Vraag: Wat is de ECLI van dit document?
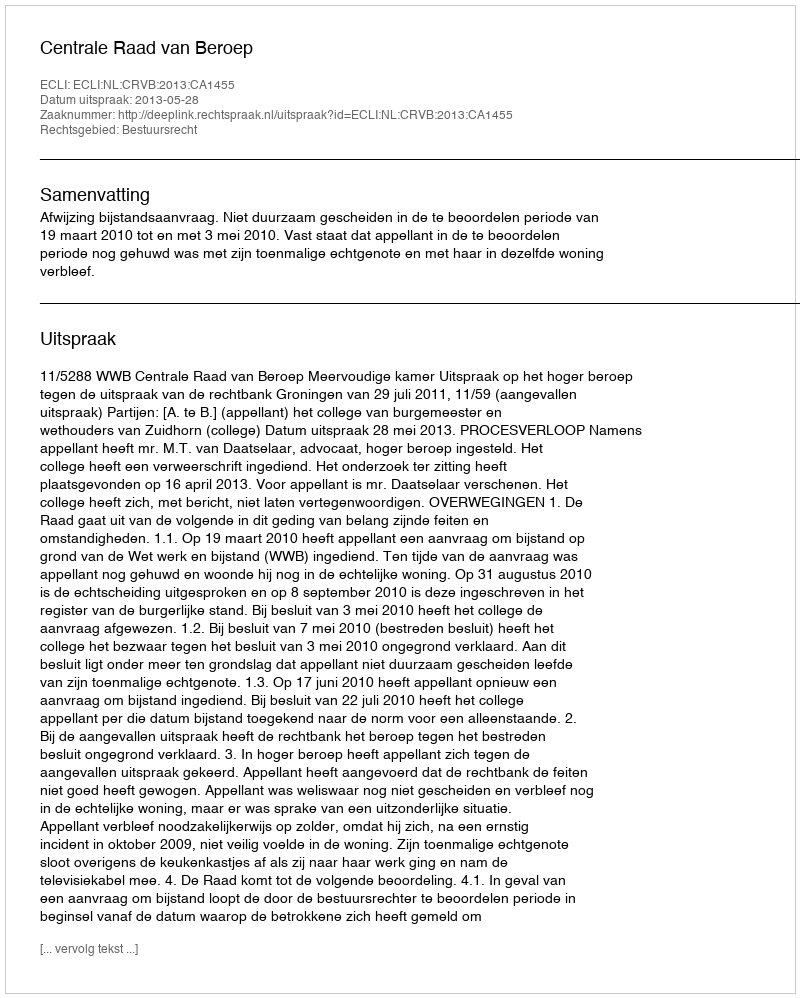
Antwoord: ECLI:NL:CRVB:2013:CA1455